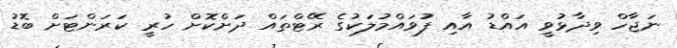
ނަޖާހް ވިދާޅުވީ އައްޑު އާއި ފުވައްމުލަކުުގެ ރޭޓްތައް ދަށްކޮށް ހުރީ ކަރަންޓަަށް ބޮޑު